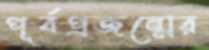
পূর্বপ্রজন্মের